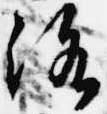
洛